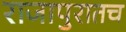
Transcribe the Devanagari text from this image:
राजापुरातच